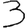
Digit: 3